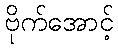
ဗိုက်အောင့်